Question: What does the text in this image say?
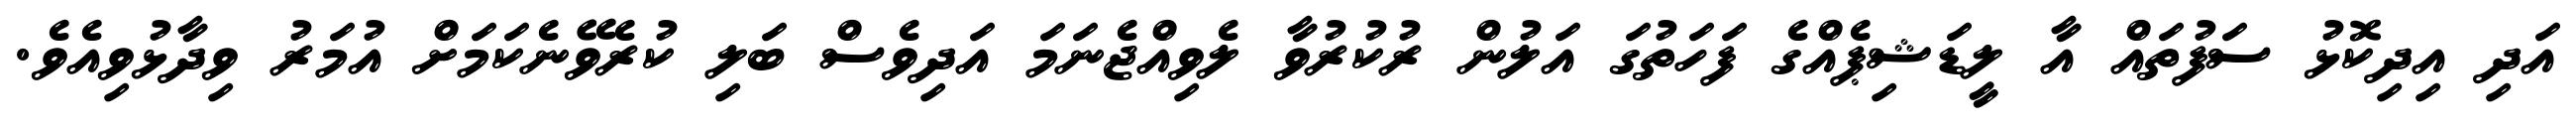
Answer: އަދި އިދިކޮޅު ސަފުތައް އާ ލީޑަޝިޕެއްގެ ފަހަތުގަ އަލުން ރުކުރުވާ ލެވިއްޖެނަމަ އަދިވެސް ބަލި ކުރެވޭނެކަމަށް އުމަރު ވިދާޅުވިއެވެ.